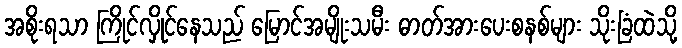
အစိုးရသာ ကြိုင်လှိုင်နေသည် မြောင်အမျိုးသမီး ဓာတ်အားပေးစနစ်များ သိုးခြံထဲသို့